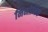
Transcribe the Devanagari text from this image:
निमोनिक